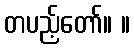
တပည့်တော်။ ။